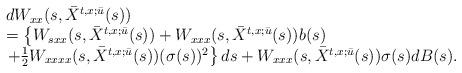
LaTeX: \begin{align*}\begin{array}[c]{ll}&dW_{xx}(s,\bar{X}^{t,x;\bar{u}}(s))\\&= \left\{ W_{sxx}(s,\bar{X}^{t,x;\bar{u}}(s))+W_{xxx}(s,\bar{X}^{t,x;\bar{u}}(s))b(s)\right.\\&\left.+\frac{1}{2}W_{xxxx}(s,\bar{X}^{t,x;\bar{u}}(s))(\sigma(s))^{2}\right\} ds +W_{xxx}(s,\bar{X}^{t,x;\bar{u}}(s))\sigma(s)dB(s).\end{array}\end{align*}